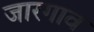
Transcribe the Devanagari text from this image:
जारगाव